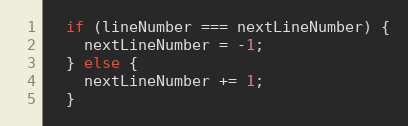
Language: JavaScript
  if (lineNumber === nextLineNumber) {
    nextLineNumber = -1;
  } else {
    nextLineNumber += 1;
  }